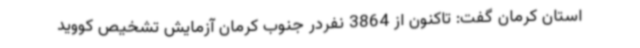
استان کرمان گفت: تاکنون از 3864 نفردر جنوب کرمان آزمایش تشخیص کووید